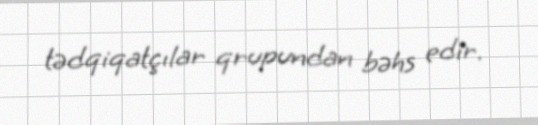
tədqiqatçılar qrupundan bəhs edir.